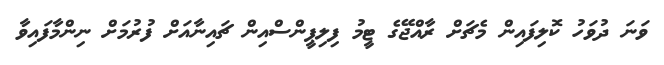
ވަނަ ދުވަހު ކޮލިފައިން މެޗަށް ރާއްޖޭގެ ޓީމު ފިލިޕީންސްއިން ޗައިނާއަށް ފުރުމަށް ނިންމާފައިވާ